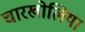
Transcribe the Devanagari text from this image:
चारखोलिया